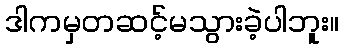
ဒါကမှတဆင့်မသွားခဲ့ပါဘူး။